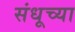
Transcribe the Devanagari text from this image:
संधूच्या